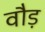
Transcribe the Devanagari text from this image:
वौड़